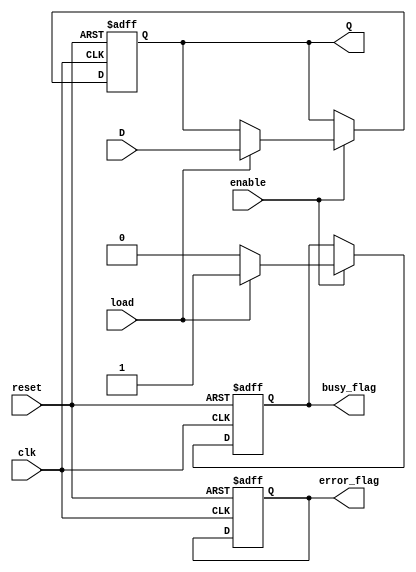
module ControlRegister (
    input wire clk,           // Clock signal
    input wire reset,         // Asynchronous reset signal
    input wire load,          // Load signal to capture input data
    input wire enable,        // Enable signal for controlled updating
    input wire [7:0] D,      // Data input (8-bit)
    output reg [7:0] Q,      // Data output (8-bit)
    output reg busy_flag,     // Status flag example
    output reg error_flag     // Status flag example
);

    // Asynchronous reset
    always @(posedge clk or posedge reset) begin
        if (reset) begin
            Q <= 8'b0;       // Clear register to zero
            busy_flag <= 1'b0; // Reset busy flag
            error_flag <= 1'b0; // Reset error flag
        end
        else if (enable) begin
            if (load) begin
                Q <= D;      // Load new data into the register
                busy_flag <= 1'b1; // Set busy flag when loading data
            end
            else begin
                busy_flag <= 1'b0; // Clear busy flag if not loading
            end
        end
    end

    // Error flag logic can be added here based on specific conditions

endmodule